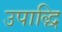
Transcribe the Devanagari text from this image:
उपाद्धि